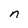
Character: n